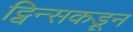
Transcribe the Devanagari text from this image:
ट्विन्सकडून